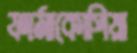
ফার্মাকোপিয়া